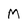
Character: M